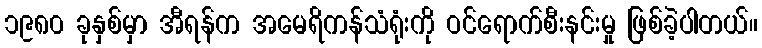
၁၉၈၀ ခုနှစ်မှာ အီရန်က အမေရိကန်သံရုံးကို ဝင်ရောက်စီးနင်းမှု ဖြစ်ခဲ့ပါတယ်။